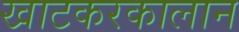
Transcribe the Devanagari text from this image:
खाटकरकालान